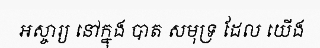
អស្ចារ្យ នៅក្នុង បាត សមុទ្រ ដែល យើង